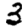
Digit: 3